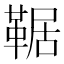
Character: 𩋜